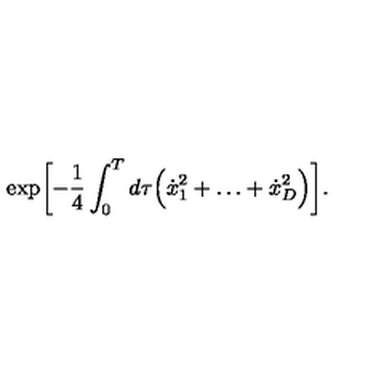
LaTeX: \exp \biggl [ - \frac { 1 } { 4 } \int _ { 0 } ^ { T } d \tau \Bigl ( \dot { x } _ { 1 } ^ { 2 } + \ldots + \dot { x } _ { D } ^ { 2 } \Bigr ) \biggr ] .